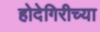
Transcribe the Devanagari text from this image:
होदेगिरीच्या